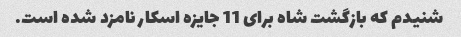
شنیدم که بازگشت شاه برای 11 جایزه اسکار نامزد شده است.